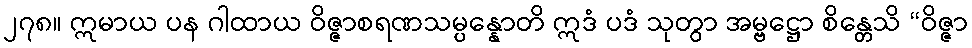
၂၇၈။ ဣမာယ ပန ဂါထာယ ဝိဇ္ဇာစရဏသမ္ပန္နောတိ ဣဒံ ပဒံ သုတွာ အမ္ဗဋ္ဌော စိန္တေသိ “ဝိဇ္ဇာ